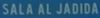
SALA AL JADIDA